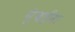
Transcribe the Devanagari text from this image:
मुंबईना